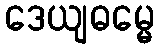
ဒေယျဓမ္မေ